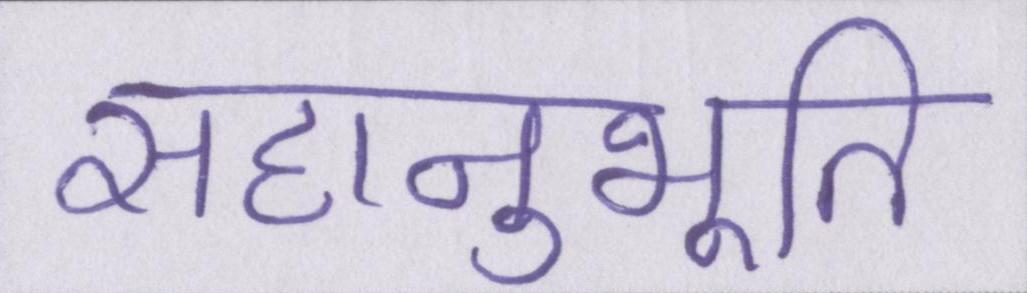
सहानुभूति